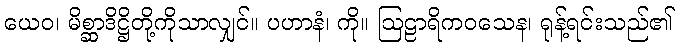
ယေဝ၊ မိစ္ဆာဒိဋ္ဌိတို့ကိုသာလျှင်။ ပဟာနံ၊ ကို။ ဩဠာရိကဝသေန၊ ရုန့်ရင်းသည်၏